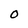
Character: 0